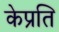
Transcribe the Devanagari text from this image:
केप्रति